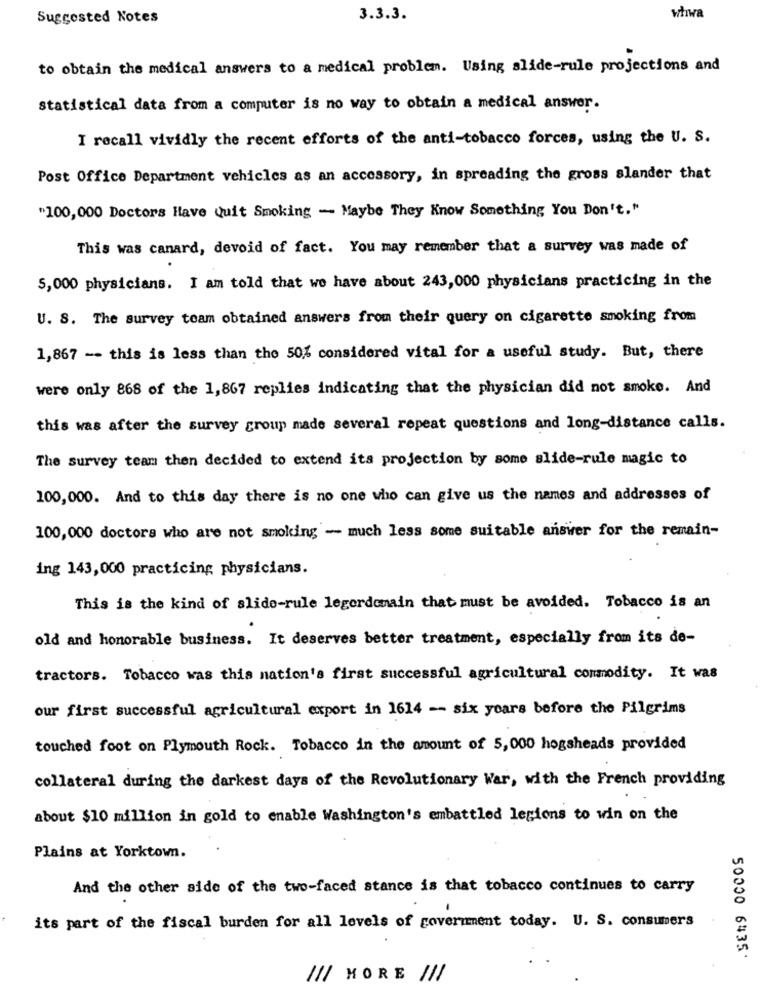
Suggested Notes
3.3.3.
whiwa
to obtain the medical answers to a medical problem. Using slide-rule projections and
statistical data from a computer is no way to obtain a medical answer.
I recall vividly the recent efforts of the anti-tobacco forces, using the U. S.
Post Office Department vehicles as an accessory, in spreading the gross slander that
"100,000 Doctors Have Quit Smoking - Maybe They Know Something You Don't. "
This was canard, devoid of fact. You may remember that a survey was made of
5,000 physicians. I am told that we have about 243,000 physicians practicing in the
U. S. The survey team obtained answers from their query on cigarette smoking from
1,867 -- this is less than the 50% considered vital for a useful study. But, there
were only 868 of the 1,867 replies indicating that the physician did not smoke. And
this was after the survey group made several repeat questions and long-distance calls.
The survey team then decided to extend its projection by some slide-rule magic to
100,000. And to this day there is no one who can give us the names and addresses of
100,000 doctors who are not smoking - much less some suitable answer for the remain-
ing 143,000 practicing physicians.
This is the kind of slide-rule legerdomain that must be avoided. Tobacco is an
old and honorable business. It deserves better treatment, especially from its de-
tractors. Tobacco was this nation's first successful agricultural commodity. It was
our first successful agricultural export in 1614 -- six years before the Pilgrims
touched foot on Plymouth Rock. Tobacco in the amount of 5,000 hogsheads provided
collateral during the darkest days of the Revolutionary War, with the French providing
about $10 million in gold to enable Washington's embattled legions to win on the
Plains at Yorktown.
And the other side of the two-faced stance is that tobacco continues to carry
its part of the fiscal burden for all levels of government today. U. S. consumers
50000 6435'
/// MORE !!!